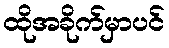
ထိုအခိုက်မှာပင်